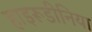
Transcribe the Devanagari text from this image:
हाइरूडीनिया